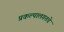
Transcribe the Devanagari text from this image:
प्रकल्पालगतचे